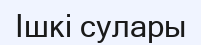
Ішкі сулары